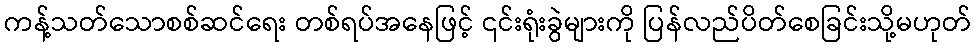
ကန့်သတ်သောစစ်ဆင်ရေး တစ်ရပ်အနေဖြင့် ၎င်းရုံးခွဲများကို ပြန်လည်ပိတ်စေခြင်းသို့မဟုတ်